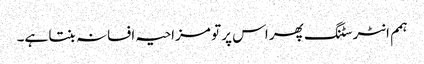
ہمم انٹرسٹنگ پھر اس پر تو مزاحیہ افسانہ بنتا ہے۔